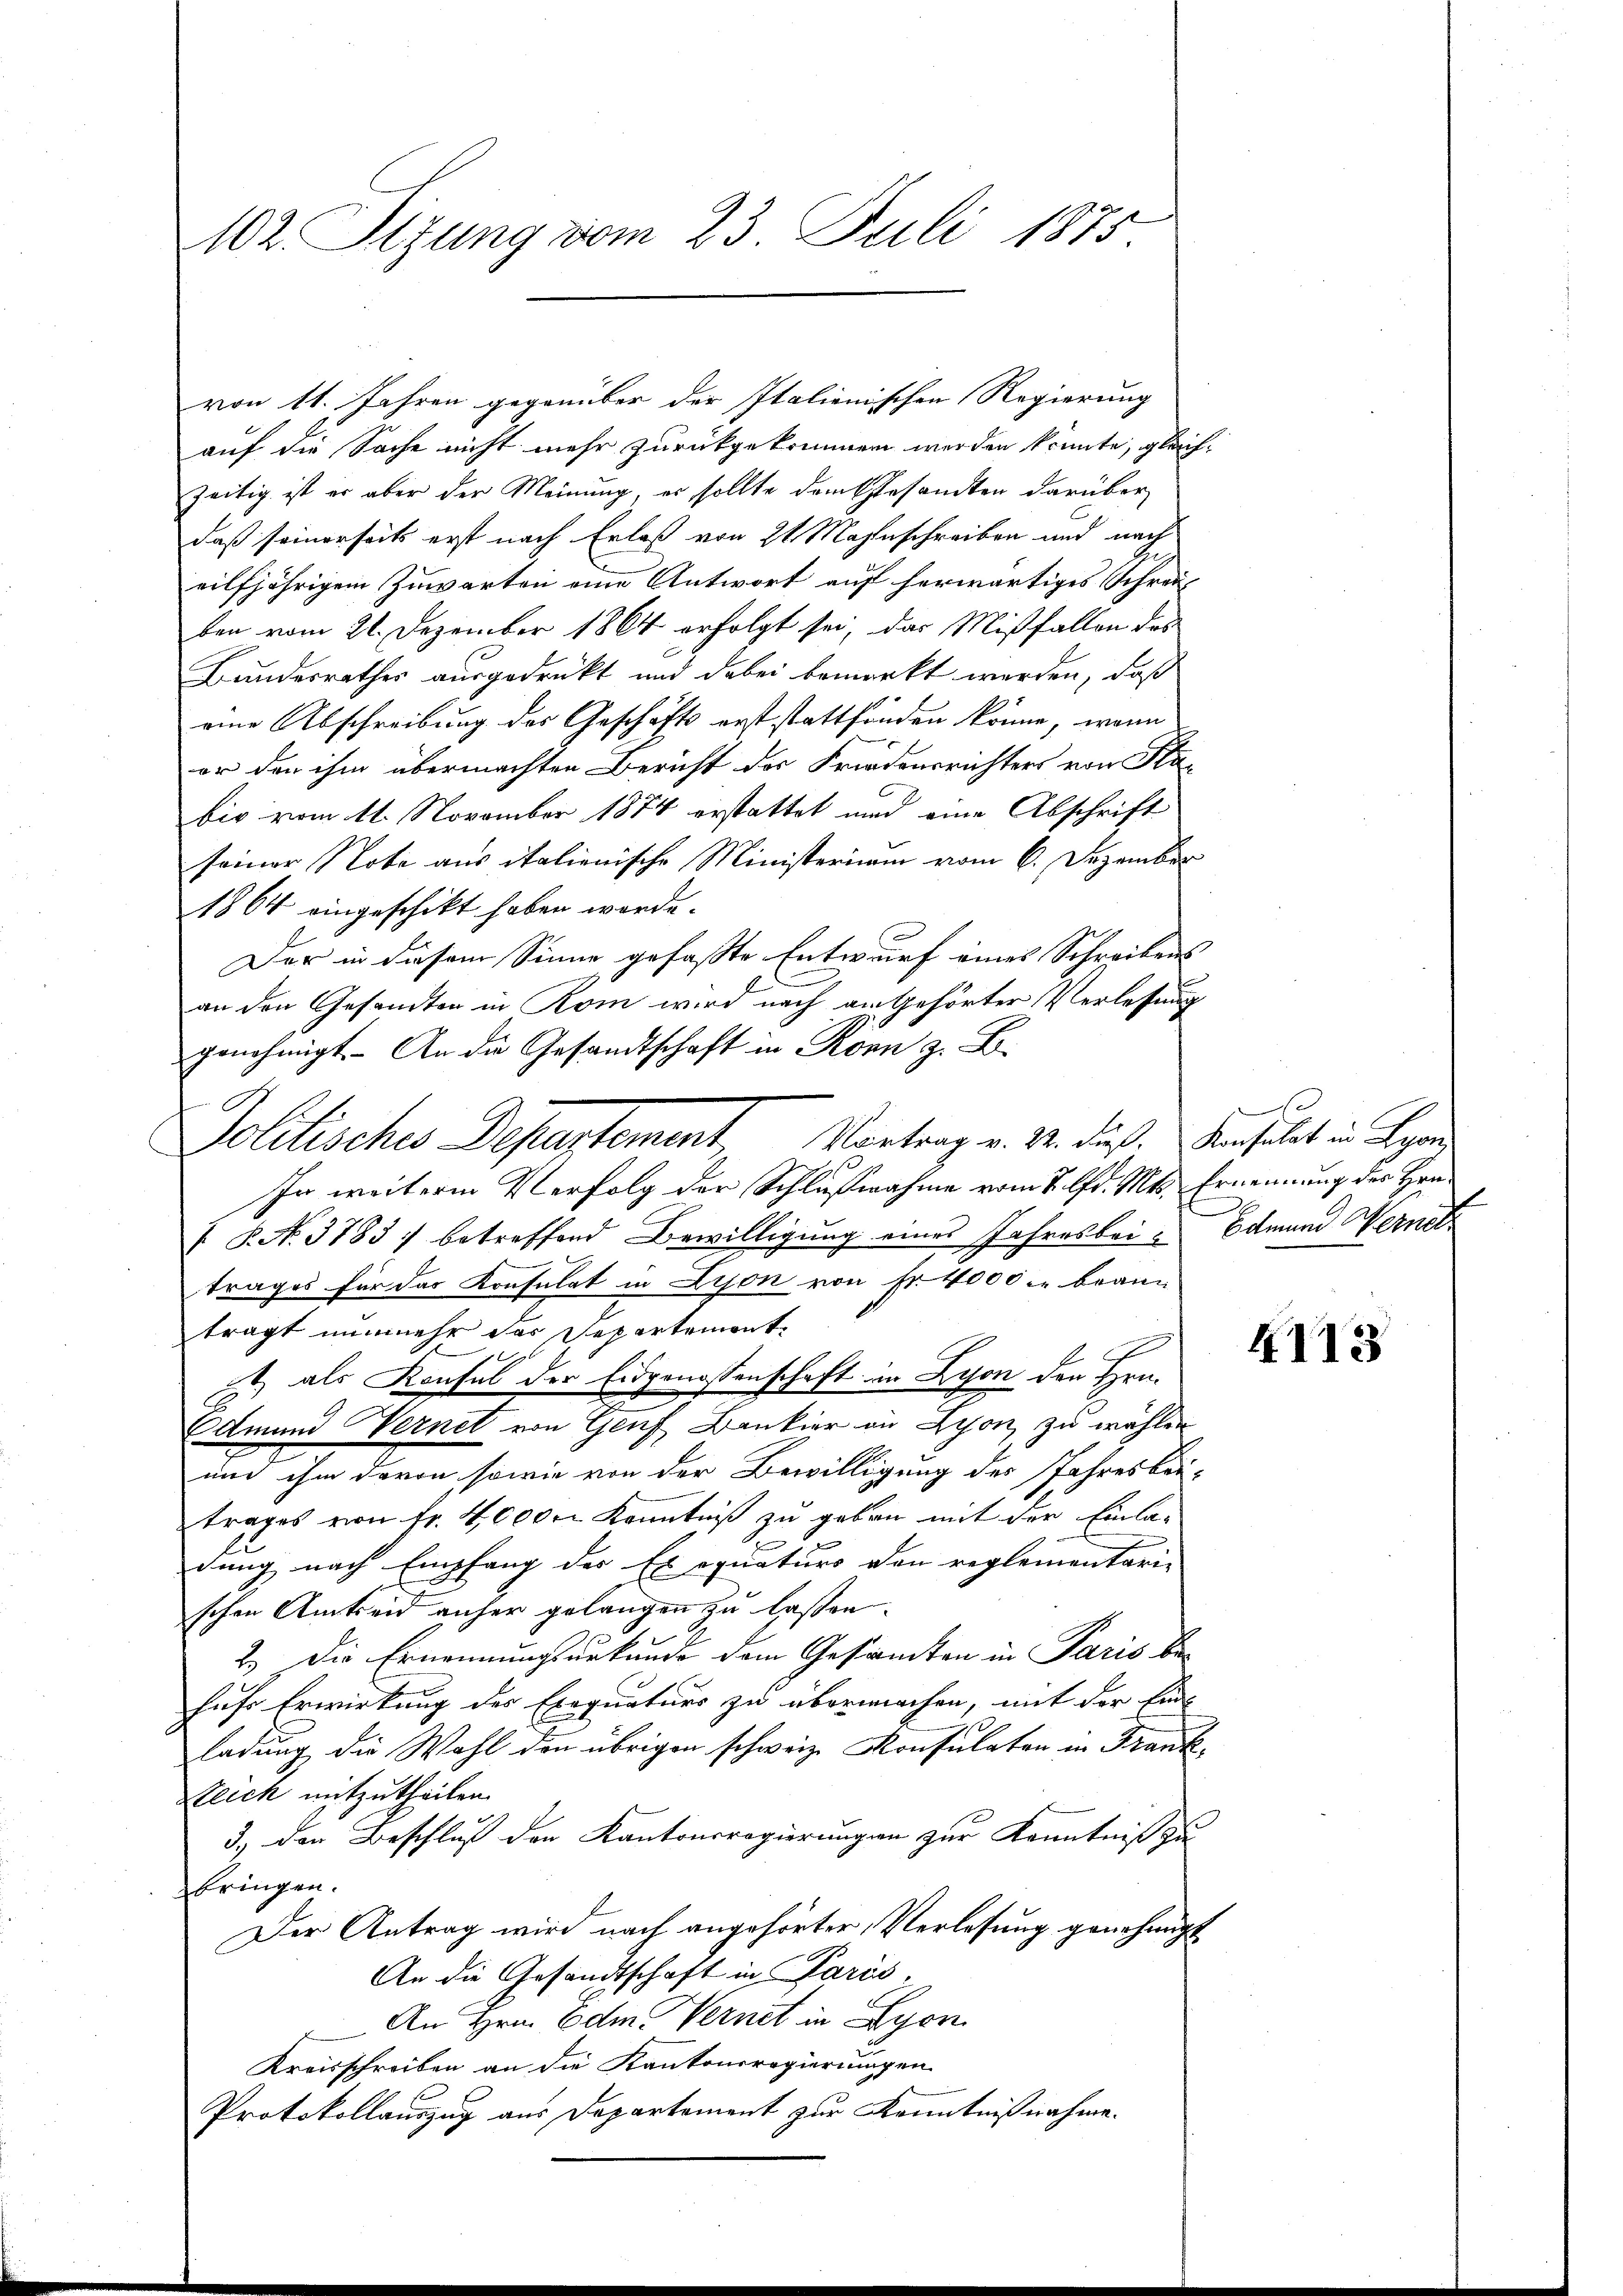
102. Stzung vom 23. Juli 1875.

von 11. Jahren gegenüber der Italienischen Regierung
auf die Sache nicht mehr zurückgekommen werden könnte, gleich-
zeitig ist er aber der Meinung, er sollte dem Gesandten darüber
daß seinerseits erst nach Erlaß von 21 Mahnschreiben und nach
eilfjährigem Zuwarten eine Antwort auf herwärtiges Schreiben vom 21. Dezember 1864 erfolgt sei, das Mißfallen des
Bundesrathes ausgedrückt und dabei bemerkt werden, daß
eine Abschreibung des Geschäfts erst stattfinden könne, wenn
or den ihm übermachten Bericht des Friedensrichters von Sta-
bis vom 11. November 1874 erstattet und eine Abschrift
seiner Note aus italienische Ministerium vom 6. Dezember
1864 eingeschikt haben worde.
Der in diesem Sinne gefaßte Entwurf eines Schreibens
an den Gesandten in Rom wird nach am Gehörter Verlassung
genehmigt. An die Gesandtschaft in Ronn z. B.
In weitere Verfolg der Schlußnahme vom 8. lfd. Mts. Ernennung des Hrn.
I P. No. 3783) betreffend Bewilligung eines Jahresbei- Edmund Werne
trages für das Konsulat in Lyon von Fr. 4000 . Bran
trägt nunmehr das Departemont
) als Konsul der Eidgenossenschaft in Lyon den Hrn.
Edmund Vernet von Graf Bankier in Lyon zu wählen
und ihm davon sowie von der Bewilligung des Jahresbe-
trages von fr. 40000. Kenntniß zu geben mit der Einladung nach Empfang des Exequaturs den reglementarie
schen Amtseid anher gelangen zu lassen.
2.) Die Ernennungsurkunde dem Gesamten in Paris behufs Erwirkung des Exequaturs zu übermachen, mit der Einladung die Wahl den übrigen schweiz. Konsulaten in Frank-
Steich mitzutheilen.
3.) Den Beschluß den Kantonsregierungen zur Kenntniß zu
bringen.
Der Antrag wird nach angehörter, Verlesung genehmigt
An die Gesandtschaft in Paris
An Hrn. Edm. Vernet in Lyon
Kreisschreiben an die Kantonsregierungen
Protokollauszug aus Departement zur Kenntnißnahme.

Politisches Departement Vortrag v. M. daß. Anhalt in Lyonn

e

4113